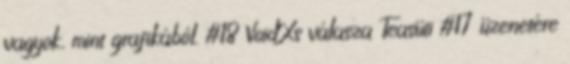
vagyok, mint grafikából. #18 VoidXs válasza Teasüti #17 üzenetére